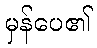
မှန်ပေ၏